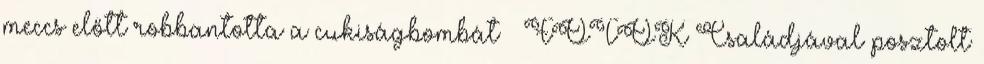
meccs előtt robbantotta a cukiságbombát – FOTÓK Családjával posztolt